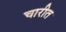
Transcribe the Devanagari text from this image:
चारीत